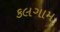
કલગામ